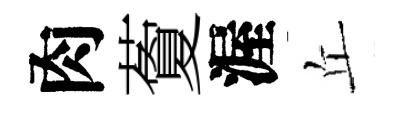
肉藑渥丘